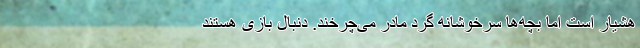
هشیار است اما بچه‌ها سرخوشانه گرد مادر می‌چرخند. دنبال بازی هستند